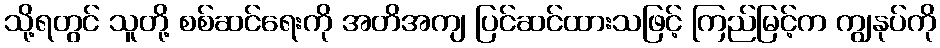
သို့ရတွင် သူတို့ စစ်ဆင်ရေးကို အတိအကျ ပြင်ဆင်ထားသဖြင့် ကြည်မြင့်က ကျွနုပ်ကို